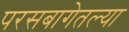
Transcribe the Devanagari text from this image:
परसबागेतल्या